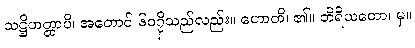
သဋ္ဌိဟတ္ထာပိ၊ အတောင် ၆၀၇ှိသည်လည်း။ ဟောတိ၊ ၏။ တိရိယတော၊ မှ။